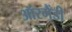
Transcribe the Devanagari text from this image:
ऑरगैंडी